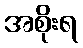
အစိုးရ